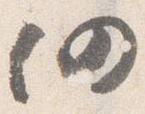
仍